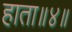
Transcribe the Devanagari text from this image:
हाता॥४॥